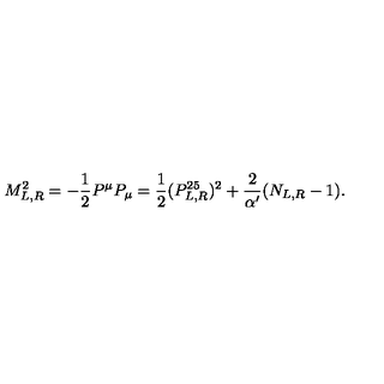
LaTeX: M _ { L , R } ^ { 2 } = - \frac { 1 } { 2 } P ^ { \mu } P _ { \mu } = \frac { 1 } { 2 } ( P _ { L , R } ^ { 2 5 } ) ^ { 2 } + \frac { 2 } { \alpha ^ { \prime } } ( N _ { L , R } - 1 ) .